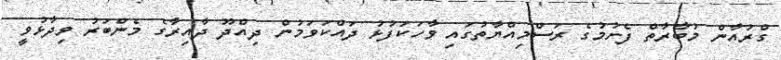
ގްރުއާން މުބާރާތް ފެށުމުގެ ރަސްމިއްޔާތުގައި ވާހަކަފުޅު ދައްކަވަމުން ދިއްދޫ ދާއިރާގެ މެންބަރު ވިދާޅުވީ